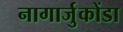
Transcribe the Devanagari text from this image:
नागार्जुकोंडा